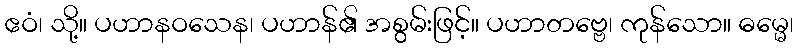
ဧဝံ၊ သို့။ ပဟာနဝသေန၊ ပဟာန်၏ အစွမ်းဖြင့်။ ပဟာတဗ္ဗေ၊ ကုန်သော။ ဓမ္မေ၊